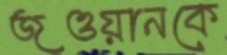
জওয়ানকে